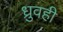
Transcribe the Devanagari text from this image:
ध्रुवही